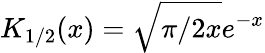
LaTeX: K_{1/2}(x)=\sqrt{\pi/2x}e^{-x}